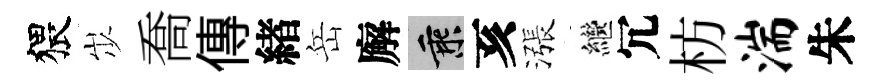
猥𡵯喬傳緖岳廨乘亥漲繼冗枋湍朱